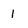
Character: 1